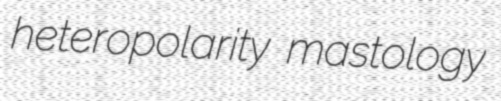
heteropolarity mastology